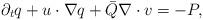
LaTeX: \begin{align*} \partial_tq+u\cdot\nabla q+\bar Q\nabla\cdot v=-P,\end{align*}